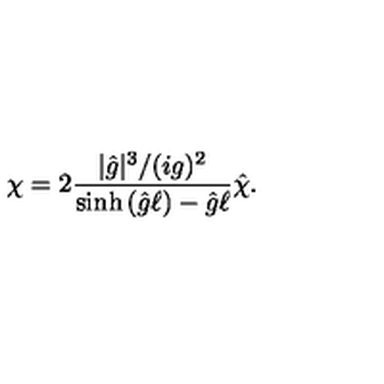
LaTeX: \chi = 2 \frac { | { \hat { g } } | ^ { 3 } / ( i g ) ^ { 2 } } { \sinh { \left( { \hat { g } } \ell \right) } - { \hat { g } } \ell } { \hat { \chi } } .